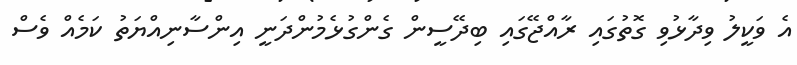
އެ ވަކީލު ވިދާޅުވި ގޮތުގައި ރާއްޖޭގައި ބިދޭސީން ގެންގުޅެމުންދަނީ އިންސާނިއްޔަތު ކަމެއް ވެސް